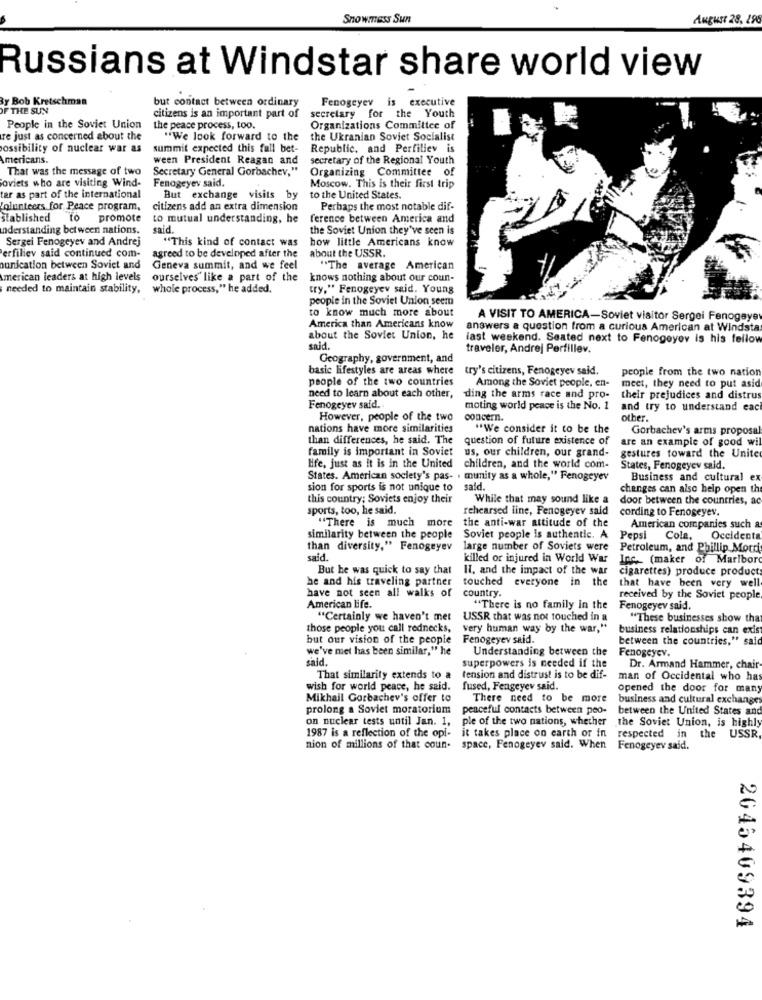
Snowmass Sun
August 28, 296
Russians at Windstar share world view
y Bob Kretschman
but contact between ordinary
Fenogeyev is executive
OF THE SUN
citizens is an important part of
secretary for the Youth
People in the Soviet Union
the peace process, too.
Organizations Committee of
re just as concerned about the
"We look forward to the
the Ukranian Soviet Socialist
ossibility of nuclear war as
summit expected this fall bet-
Republic, and Perfiliev is
mericans.
ween President Reagan and
secretary of the Regional Youth
That was the message of two
Secretary General Gorbachev."
Organizing Committee of
Fenogeyev said.
Soviets who are visiting Wind-
Moscow. This is their first trip
tar as part of the international
But exchange visits by
to the United States.
olunteers for Peace program,
citizens add an extra dimension
Perhaps the most notable dif-
stablished
to
promote
to mutual understanding, he
ference between America and
understanding between nations.
said.
the Soviet Union they've seen is
Sergei Fenogeyev and Andrej
"This kind of contact was
how little Americans know
erfiliev said continued com-
agreed to be developed after the
about the USSR.
nunication between Soviet and
Geneva summit, and we feel
"The average American
American leaders at high levels
ourselves like a part of the
knows nothing about our coun-
needed to maintain stability, whole process," he added.
try." Fenogeyev said. Young
people in the Soviet Union seem
to know much more about
A VISIT TO AMERICA-Soviet visitor Sergei Fenogaye
America than Americans know
answers a question from a curious American at Windstar
about the Soviet Union, he
last weekend. Seated next to Fenogoyov is his fellow
said.
traveler, Andrej Perfillev.
Geography, government, and
basic lifestyles are areas where
try's citizens, Fenogeyev said.
people from the two nation
people of the two countries
Among the Soviet people, en-
meet, they need to put asid
need to learn about each other,
ding the arms race and pro-
their prejudices and distru
Fenogeyev said.
moting world peace is the No. 1
and try to understand eac
However, people of the two
concern.
other.
nations have more similarities
"We consider it to be the
Gorbachev's arms proposal
than differences, he said. The
question of future existence of
are an example of good wi
family is important in Soviet
us, our children, our grand-
gestures toward the Unite
Hife, just as it is in the United
children, and the world com-
States, Fenogeyev said.
States. American society's pas- . munity as a whole," Fenogeyev
Business and cultural ex
sion for sports is not unique to said.
changes can also help open the
this country; Soviets enjoy their
While that may sound like a
door between the countries, ac
sports, too, he said,
rehearsed line, Fenogeyer said
cording to Fenogeyev.
"There is much more
the anti-war attitude of the
American companies such a
similarity between the people
Soviet people is authentic. A
Pepsi
Cola, Oceldent
than diversity," Fenogeyev
large number of Soviets were
Petroleum, and Phillip Mord
sald.
killed or injured in World War
Inc. (maker of Marlbor
But he was quick to say that
IT, and the impact of the war
cigarettes) produce product
he and his traveling partner touched everyone in the
that have been very well
have not seen all walks of
country.
received by the Soviet people
American life.
"There is no family in the
Fenogeyev said.
"Certainly we haven't met USSR that was not touched in a
"These businesses show tha
those people you call rednecks, very human way by the war,"
business relationships can exist
but our vision of the people
Fenogeyev said.
between the countries," said
we've met has been similar," he
Understanding between the
Fenogeyev.
said.
superpowers is needed if the
Dr. Armand Hammer, chair-
That similarity extends to a
tension and distrust is to be dif-
man of Occidental who has
wish for world peace, he said.
fused, Fengeyev said.
opened the door for many
Mikhail Gorbachev's offer to
There need to be more
business and cultural exchange
prolong a Soviet moratorium
peaceful contacts between peo- between the United States and
on nuclear tests until Jan. 1,
1987 is a reflection of the opi- it takes place on earth or in
ple of the two nations, whether the Soviet Union, is highly
respected in
the USSR
nion of millions of that coun-
space, Fenogeyev said. When Fenogeyev said.
2045409394